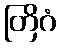
တြိဂံ